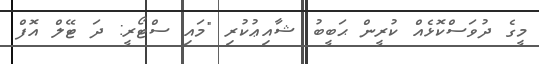
މީގެ ދުވަސްކޮޅެއް ކުރީން ޙަބީބު ޝާއިޢުކުރި "މައި ސްޓޯރީ: ދަ ޓޭލް އޮފް